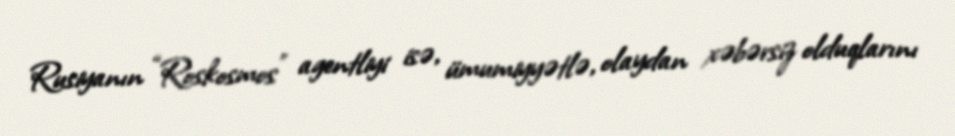
Rusiyanın “Roskosmos” agentliyi isə, ümumiyyətlə, olaydan xəbərsiz olduqlarını